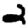
Digit: 2